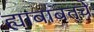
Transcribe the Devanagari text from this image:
ह्याबाबतचे